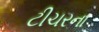
ટીચરના